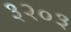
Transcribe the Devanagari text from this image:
३२०३